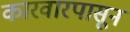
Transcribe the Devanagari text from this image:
कारवारपासून